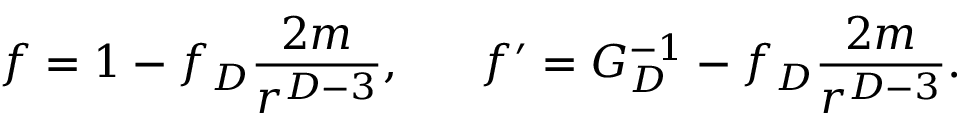
f = 1 - f _ { D } { \frac { 2 m } { r ^ { D - 3 } } } , \ \ \ \ \ f ^ { \prime } = { \cal G } _ { D } ^ { - 1 } - f _ { D } { \frac { 2 m } { r ^ { D - 3 } } } .